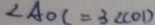
\angle A O C = 3 \angle C O D